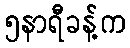
၅နာရီခန့်က